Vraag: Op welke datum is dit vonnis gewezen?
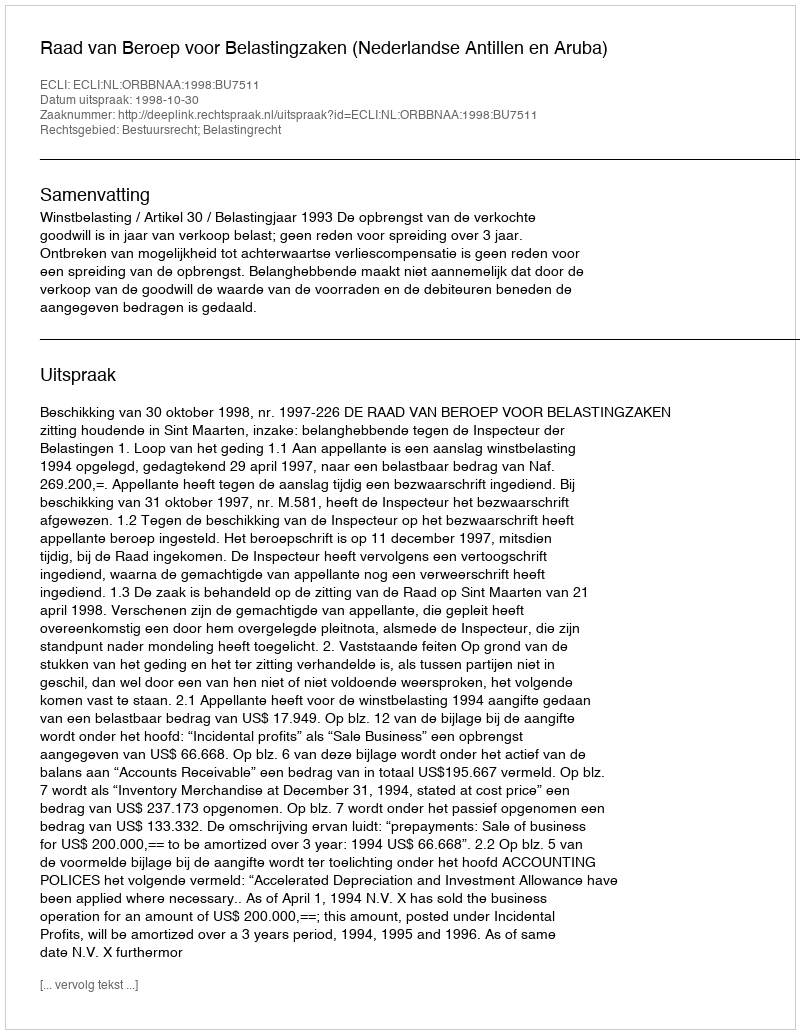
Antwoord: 1998-10-30